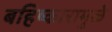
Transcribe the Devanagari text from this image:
बहिष्कारामुळे